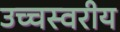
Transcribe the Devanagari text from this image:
उच्चस्वरीय